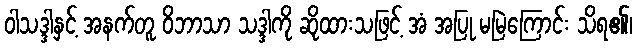
ဝါသဒ္ဒါနှင့် အနက်တူ ဝိဘာသာ သဒ္ဒါကို ဆိုထားသဖြင့် အံ အပြု မမြဲကြောင်း သိရ၏၊